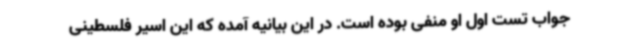
جواب تست اول او منفی بوده است. در این بیانیه آمده که این اسیر فلسطینی